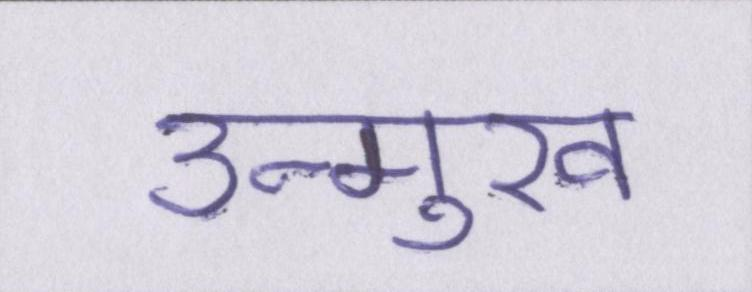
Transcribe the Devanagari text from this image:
उन्मुख